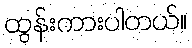
ထွန်းကားပါတယ်။